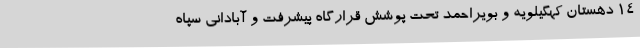
14 دهستان کهگیلویه و بویراحمد تحت پوشش قرارگاه پیشرفت و آبادانی سپاه